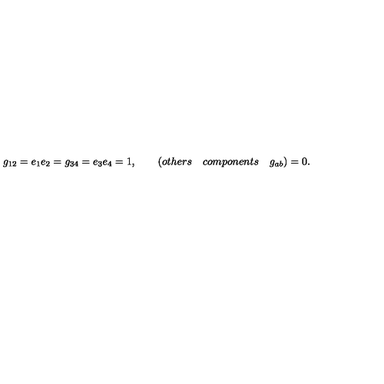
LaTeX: g _ { 1 2 } = e _ { 1 } e _ { 2 } = g _ { 3 4 } = e _ { 3 } e _ { 4 } = 1 , \qquad ( o t h e r s \quad c o m p o n e n t s \quad g _ { a b } ) = 0 .